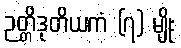
ဉတ္တိဒုတိယကံ (၇) မျိုး